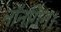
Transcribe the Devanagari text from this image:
नॉनगिन।